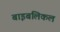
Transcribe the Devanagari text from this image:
बाइबलिकल